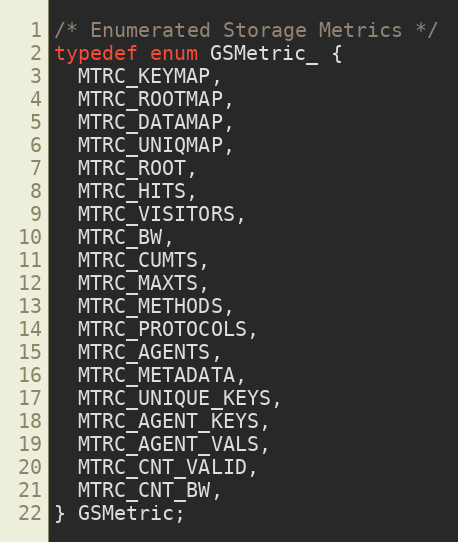
Language: C
/* Enumerated Storage Metrics */
typedef enum GSMetric_ {
  MTRC_KEYMAP,
  MTRC_ROOTMAP,
  MTRC_DATAMAP,
  MTRC_UNIQMAP,
  MTRC_ROOT,
  MTRC_HITS,
  MTRC_VISITORS,
  MTRC_BW,
  MTRC_CUMTS,
  MTRC_MAXTS,
  MTRC_METHODS,
  MTRC_PROTOCOLS,
  MTRC_AGENTS,
  MTRC_METADATA,
  MTRC_UNIQUE_KEYS,
  MTRC_AGENT_KEYS,
  MTRC_AGENT_VALS,
  MTRC_CNT_VALID,
  MTRC_CNT_BW,
} GSMetric;